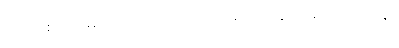
ပြင်သစ်တပ်များက ဝင် ရောက်သိမ်းပိုက်ခြင်း မပြုသေးချေ။